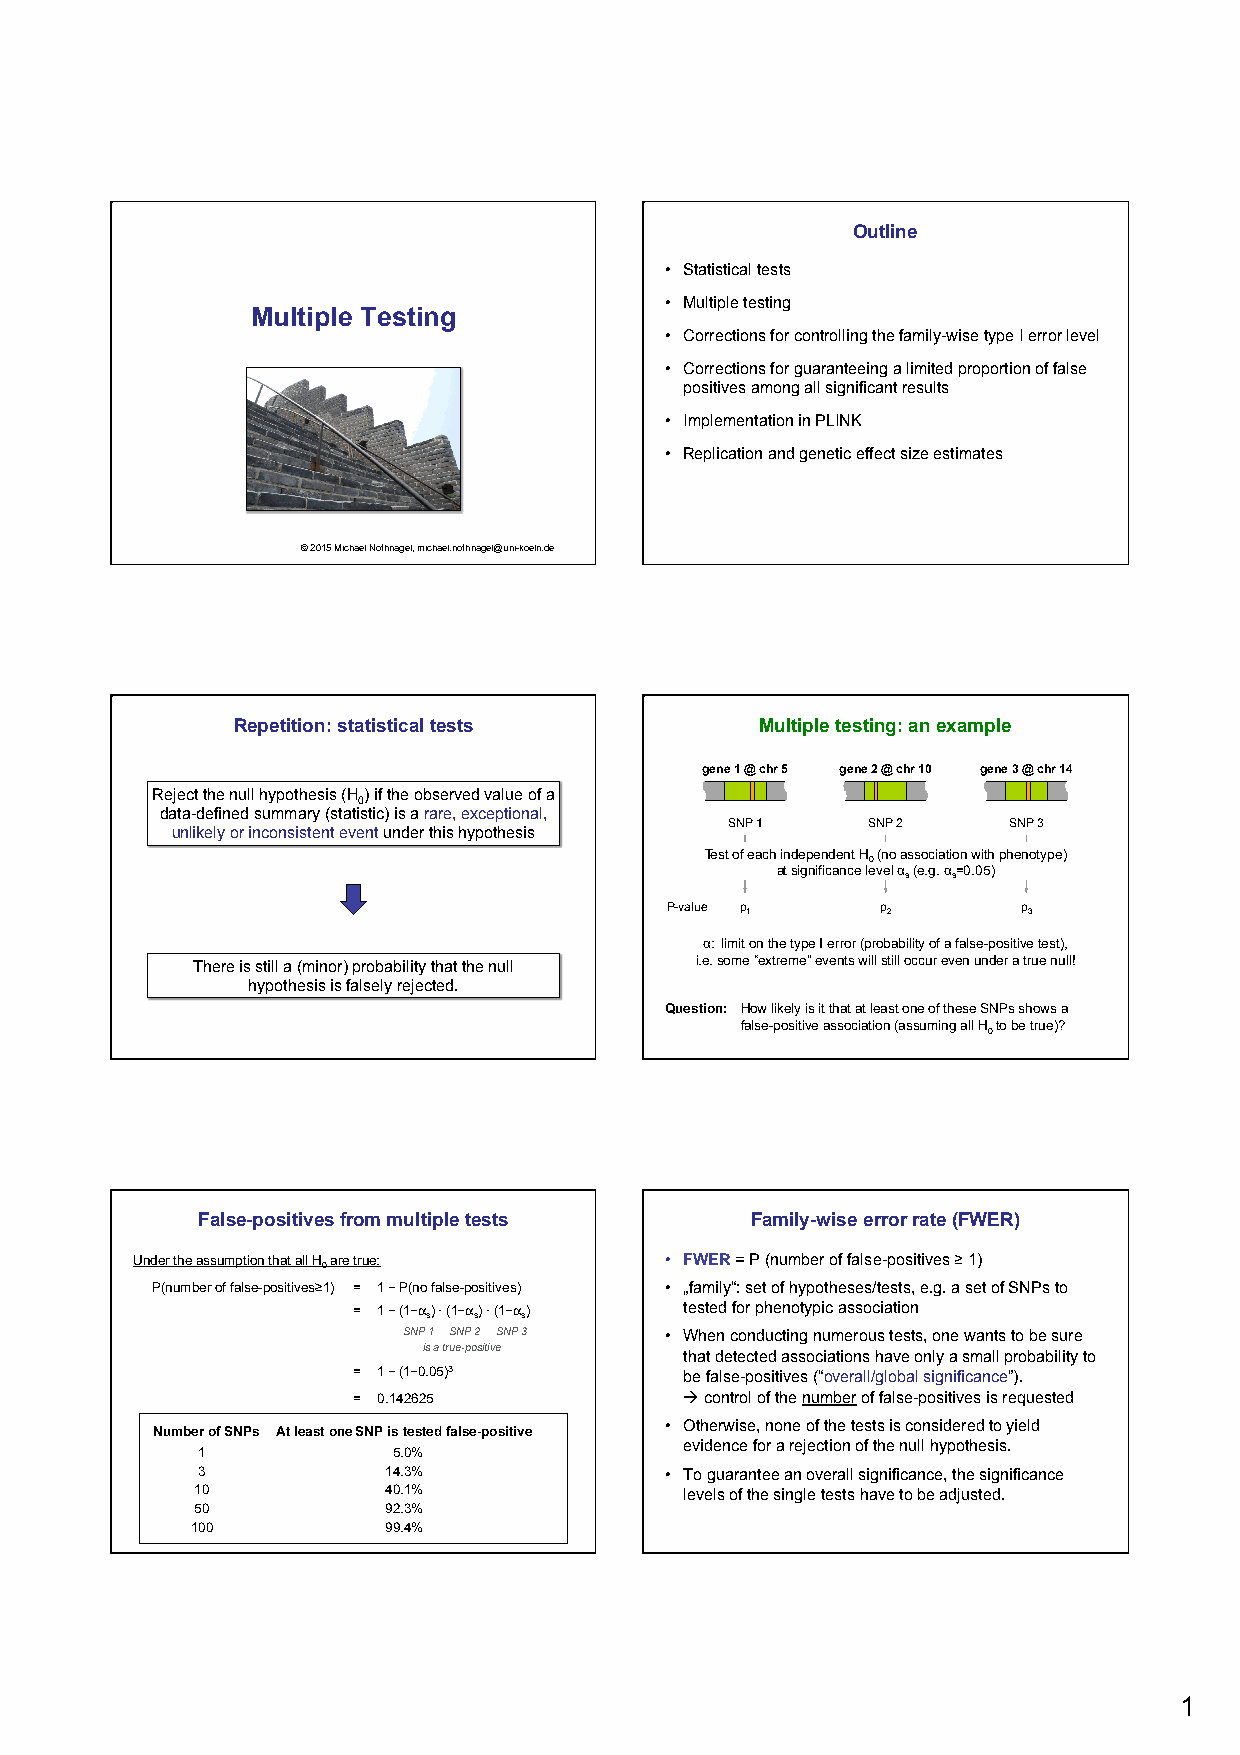
Outline
 • Statistical tests
 • Multiple testing
 Multiple Testing
 • Corrections for controlling the family-wise type I error level
 • Corrections for guaranteeing a limited proportion of false
 positives among all significant results
 • Implementation in PLINK
 • Replication and genetic effect size estimates
 © 2015 Michael Nothnagel, michael.nothnagel@uni-koeln.de
 Repetition: statistical tests      Multiple testing: an example
 gene 1 @ chr 5 gene 2 @ chr 10 gene 3 @ chr 14
 Reject the null hypothesis (H) if the observed value of a
 0
 data-defined summary (statistic) is a rare, exceptional,
 SNP 1    SNP 2     SNP 3
 unlikely or inconsistent event under this hypothesis
 Test of each independent H (no association with phenotype)
 0
 at significance level α (e.g. α=0.05)
 s  s
 P-value p1    p2        p3
 α: limit on the type I error (probability of a false-positive test),
 There is still a (minor) probability that the null i.e. some “extreme” events will still occur even under a true null!
 hypothesis is falsely rejected.
 Question: How likely is it that at least one of these SNPs shows a
 false-positive association (assuming all H to be true)?
 0
 False-positives from multiple tests  Family-wise error rate (FWER)
 Under the assumption that all H are true: • FWER = P (number of false-positives ≥ 1)
 0
 P(number of false-positives≥1) = 1 - P(no false-positives) • „family“: set of hypotheses/tests, e.g. a set of SNPs to
 = 1 - (1-αs) · (1-αs) · (1-αs) tested for phenotypic association
 SNP 1 SNP 2 SNP 3 • When conducting numerous tests, one wants to be sure
 is a true-positive
 that detected associations have only a small probability to
 = 1 - (1-0.05)3       be false-positives (“overall/global significance”).
 = 0.142625            à control of the number of false-positives is requested
 • Otherwise, none of the tests is considered to yield
 Number of SNPs At least one SNP is tested false-positive
 evidence for a rejection of the null hypothesis.
 1            5.0%
 3            14.3%             • To guarantee an overall significance, the significance
 10           40.1%              levels of the single tests have to be adjusted.
 50           92.3%
 100          99.4%
 1